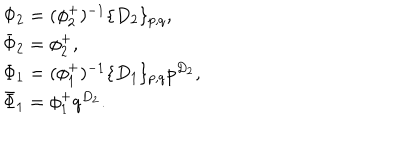
\begin{array} { l } { { \Phi _ { 2 } = ( \phi _ { 2 } ^ { + } ) ^ { - 1 } \{ D _ { 2 } \} _ { p , q } , } } \\ { { \bar { \Phi } _ { 2 } = \phi _ { 2 } ^ { + } , } } \\ { { \Phi _ { 1 } = ( \phi _ { 1 } ^ { + } ) ^ { - 1 } \{ D _ { 1 } \} _ { p , q } p ^ { D _ { 2 } } , } } \\ { { \bar { \Phi } _ { 1 } = \phi _ { 1 } ^ { + } q ^ { D _ { 2 } } . } } \\ \end{array}